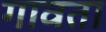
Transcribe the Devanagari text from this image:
गावता